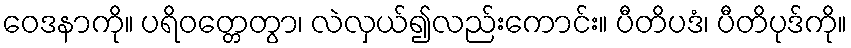
ဝေဒနာကို။ ပရိဝတ္တေတွာ၊ လဲလှယ်၍လည်းကောင်း။ ပီတိပဒံ၊ ပီတိပုဒ်ကို။